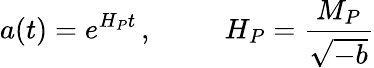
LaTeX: a(t)=e^{H_{P}t}\, ,\, \, \, \, \, \, \, \, \, \, \, \, \, \, \, H_{P}=\frac{M_{P}}{\sqrt{-b}}